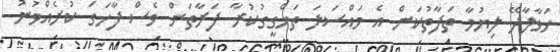
ހަވާލާދޭ ލިޔުމާ ތަފާތުކަން އެ މައްސަލަ ތަހްގީގުކުރާ ފަރާތަށް ވެސް ފާހަގަ ކުރެއްވުނު